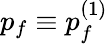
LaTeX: p_{f}\equiv p_{f}^{(1)}